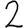
Digit: 2